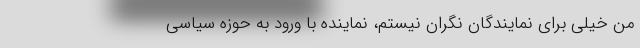
من خیلی برای نمایندگان نگران نیستم، نماینده با ورود به حوزه سیاسی